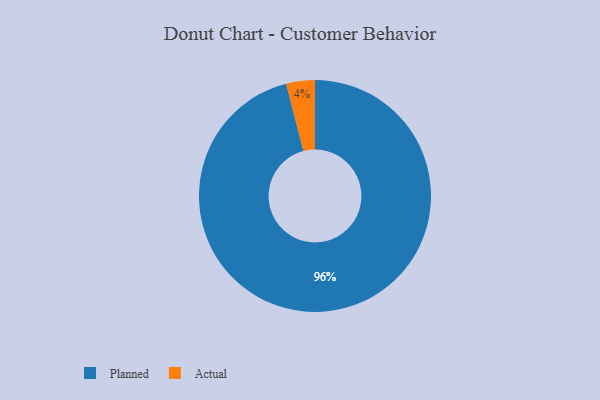
{"axis": {"x": "Category", "y": "Percentage"}, "legend": ["Actual", "Planned"], "data": [{"x": "Actual", "y": 4, "type": "Actual"}, {"x": "Planned", "y": 96, "type": "Planned"}]}